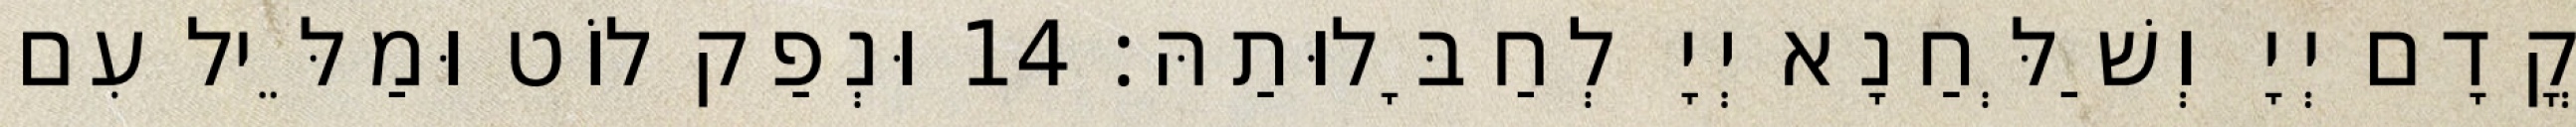
קֳדָם יְיָ וְשַׁלְּחַנָא יְיָ לְחַבָּלוּתַהּ׃ 14 וּנְפַק לוֹט וּמַלֵּיל עִם